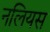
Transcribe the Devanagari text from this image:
नलियस